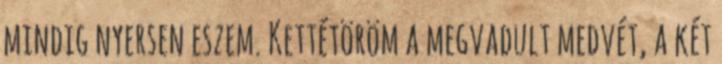
mindig nyersen eszem. Kettétöröm a megvadult medvét, a két